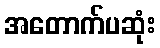
အတောက်ပဆုံး